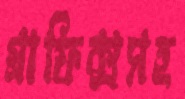
গ্রাফিক্সসহ